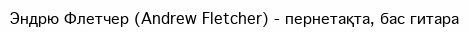
Эндрю Флетчер (Andrew Fletcher) - пернетақта, бас гитара